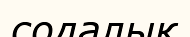
содалық